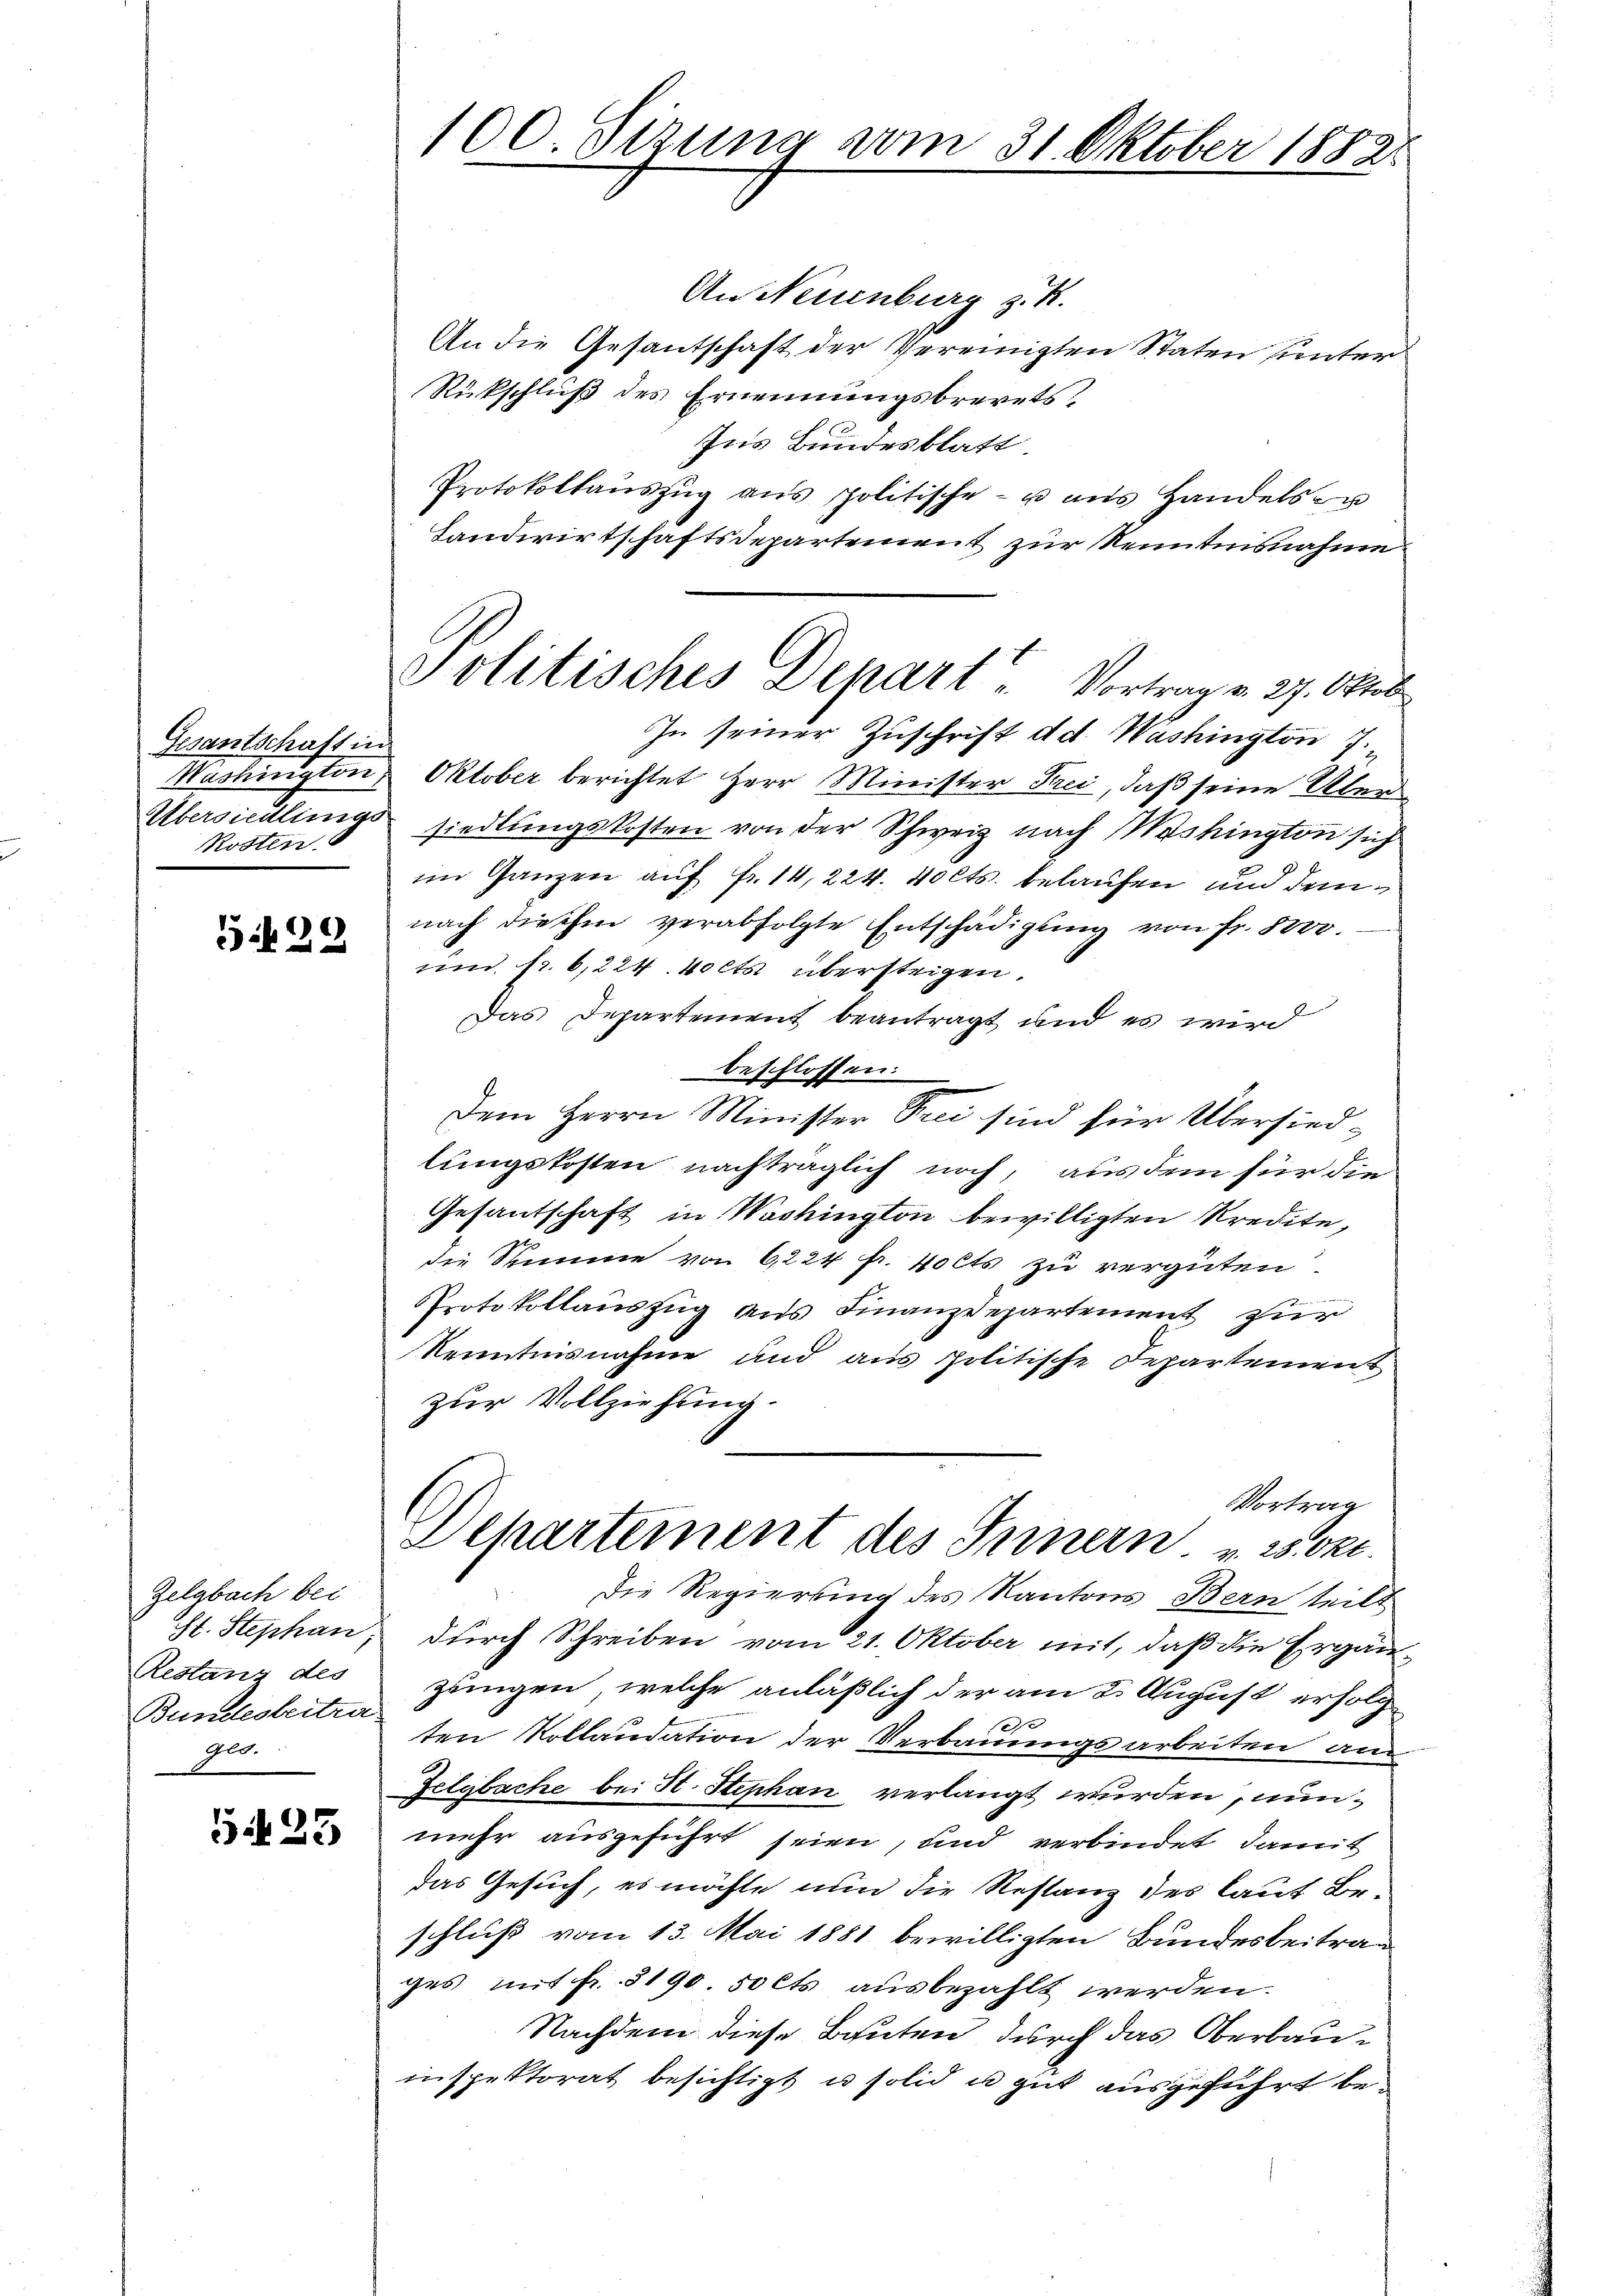
Gesantschaft in
Washington,
Übersiedlungs
Rosten.

529

Zelgbach bei
St. Stephan,
Restanz des
Bundesleitrageg.

523

100. Sezung vom 31. Oktober 18821

An Neuenburg z. R.
An die Gesantschaft der Vereinigten Staten unter
Rückschluß des Ernennungsbrevets
Ins Bundesblatt
Protokollaŭszŭg ans politische u ans Handels zu
Landwirtschaftsdepartement zur Kenntnisnahme
In seiner Zuschrift d.d. Washington 7.
Oktober berichtet Herr Minister Frei, daß seine Übersiedlungskosten von der Schweiz nach Washington sich
im Ganzen auf Fr. 14, 224. 40 Cts. belaufen und demnach die ihm verabfolgte Entschädigung von Fr. Ber
und fr. 6,224. volts übersteigen.
Das Departement beantragt und es wird
beschlossen:
Dem Herrn Minister Frei sind für Übersied
lungskosten nachträglich noch, aus dem für die
Gesantschaft in Washington bewilligten Kredite,
die Summe von 6224 f. Volts zu vergüten.
Protokollauszug aus Finanzdepartement zur
Kenntnisnahme und aus politische Departement
zur Vollziehung.
Vortrag
Departement des Innern. v. 23. Okt.
Die Regierung des Kantons Bern teilt
durch Schreiben vom 21. Oktober mit, daß die Ergänzungen, welche anläßlich der am 2. August erfolge
ten Kollaudation der Verbauungsarbeiten an
Zelgbache bei St. Stephan verlangt wurden, nunmehr ausgeführt seien, und verbindet, damit
das Gesuch, es möchte nun die Restanz des laut Beschluß vom 13. Mai 1881 bewilligten Bundesbeitrag
ges mit fr. 3190. 50 Cts. ausbezahlt werden.
Nachdem diese Bauten durch das Oberbauinspektorat besichtigt u solid u gut ausgeführt be¬

Politisches Denart. Vortrag v. 27. Oktob